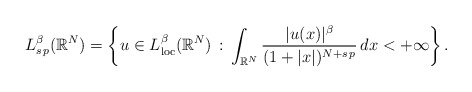
\begin{align*}L^\beta_{s\,p}(\mathbb{R}^N)=\left\{u\in L^\beta_{\rm loc}(\mathbb{R}^N)\, :\, \int_{\mathbb{R}^N} \frac{|u(x)|^\beta}{(1+|x|)^{N+s\,p}}\,dx<+\infty\right\}.\end{align*}